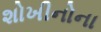
શોખીનોના